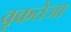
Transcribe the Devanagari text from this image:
वृकतेजा